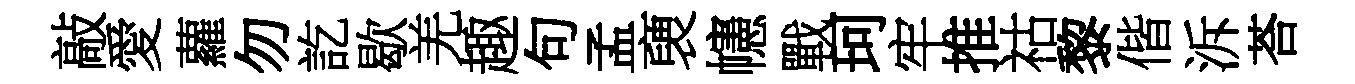
敲愛蘿勿訖歇羌趣句孟褏幰戰珂牢推祜黎偕泝荅